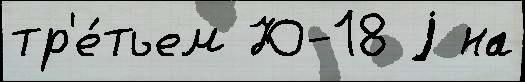
тр'е́тьем Ю-18 j на